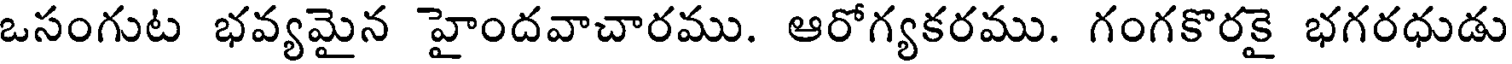
ఒసంగుట భవ్యమైన హైందవాచారము. ఆరోగ్యకరము. గంగకొరకై భగరధుడు